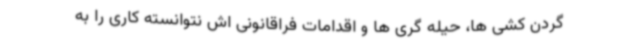
گردن کشی ها، حیله گری ها و اقدامات فراقانونی اش نتوانسته کاری را به